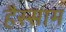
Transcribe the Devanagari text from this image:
हैस्साम